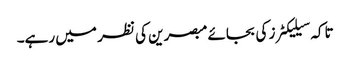
تاکہ سیلیکٹرز کی بجائے مبصرین کی نظر میں رہے۔